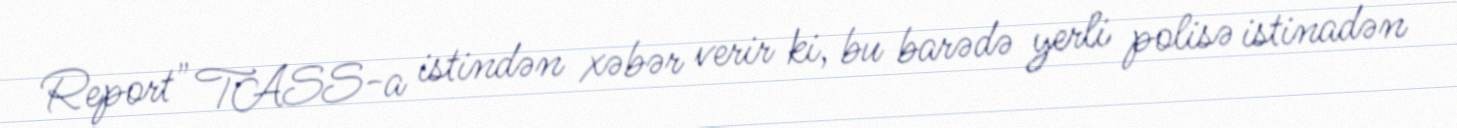
Report" TASS-a istindən xəbər verir ki, bu barədə yerli polisə istinadən